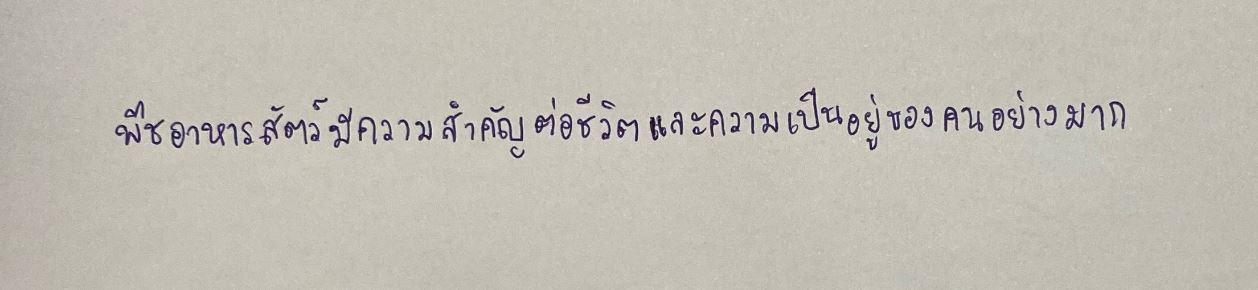
พืชอาหารสัตว์มีความสำคัญต่อชีวิตและความเป็นอยู่ของคนอย่างมาก